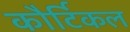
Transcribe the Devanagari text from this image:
कौर्टिकल